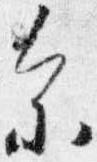
参